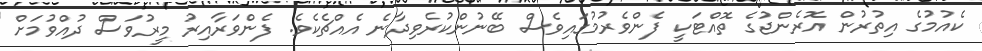
ކެއުމުގެ އިތުރުން އޮރެންޖުގެ ތޮއްޓަކީ ފެންވެރުމުގައިވެސް ބޭނުންކުރެވިދާނެ އެއްޗެކެވެ. ފެންވަރާއިރު މީރުވަސް ދުއްވުމަށް